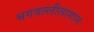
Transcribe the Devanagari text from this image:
भगवल्लीलागान